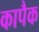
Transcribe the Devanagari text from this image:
कापैक